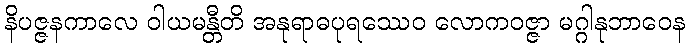
နိပဇ္ဇနကာလေ ဝါယမန္တီတိ အနုရာဓပုရဿေဝ လောကဝဇ္ဇာ မဂ္ဂါနုဘာဝေန